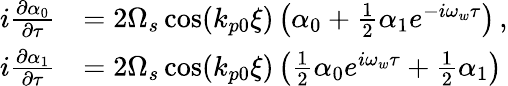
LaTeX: \begin{array}{rl}{i\frac{\partial\alpha_{0}}{\partial\tau}}&{=2\Omega_{s}\cos(k_{p0}\xi)\left(\alpha_{0}+\frac{1}{2}\alpha_{1}e^{-i\omega_{w}\tau}\right)\, ,}\\ {i\frac{\partial\alpha_{1}}{\partial\tau}}&{=2\Omega_{s}\cos(k_{p0}\xi)\left(\frac{1}{2}\alpha_{0}e^{i\omega_{w}\tau}+\frac{1}{2}\alpha_{1}\right)}\end{array}